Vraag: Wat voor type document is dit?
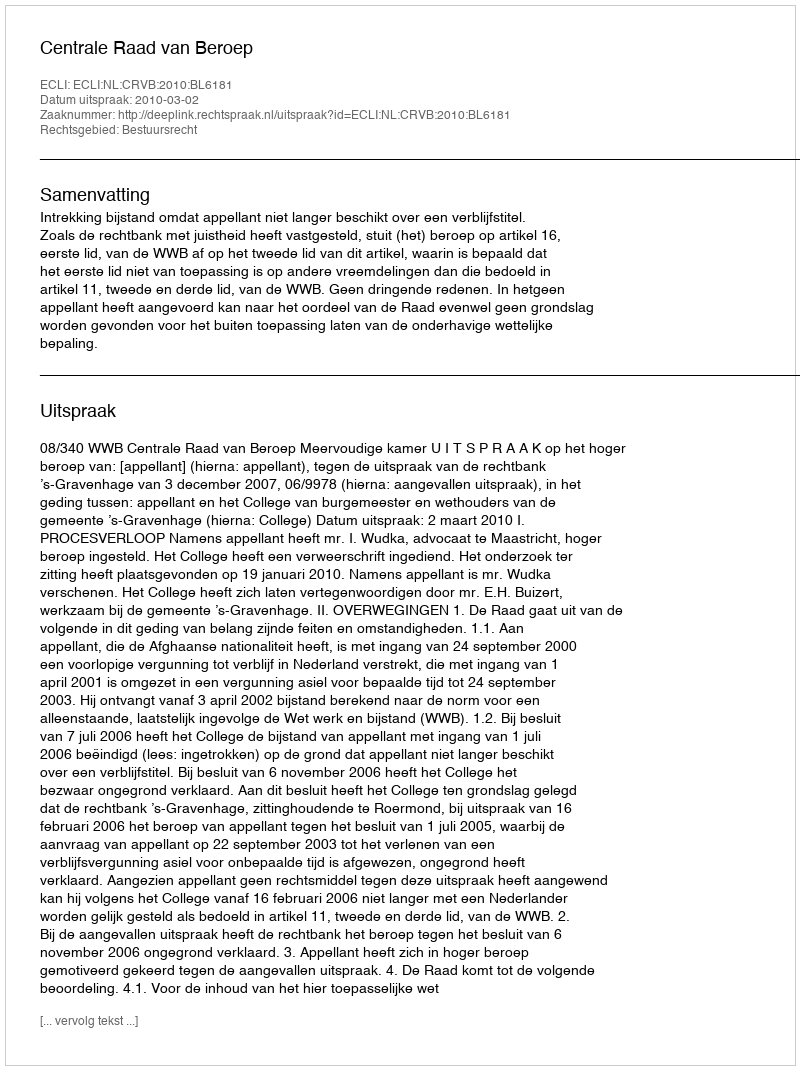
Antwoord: Uitspraak